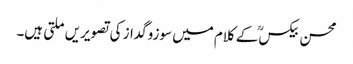
محسن بیکسؒ کے کلام میں سوزوگداز کی تصویریں ملتی ہیں۔